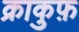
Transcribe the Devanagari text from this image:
क्राकुफ़